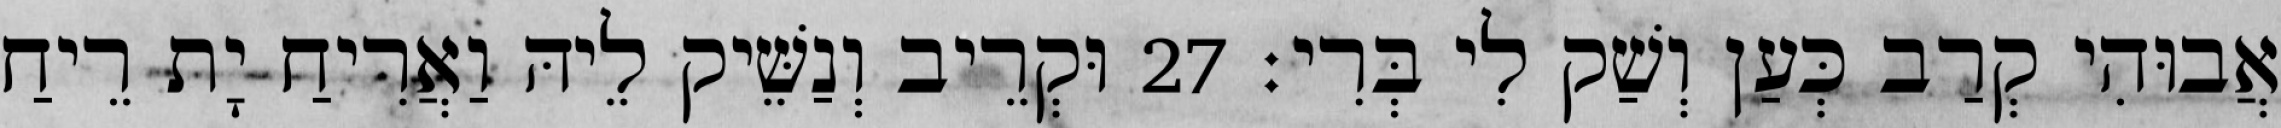
אֲבוּהִי קְרַב כְּעַן וְשַׁק לִי בְּרִי׃ 27 וּקְרֵיב וְנַשֵּׁיק לֵיהּ וַאֲרִיחַ יָת רֵיחַ